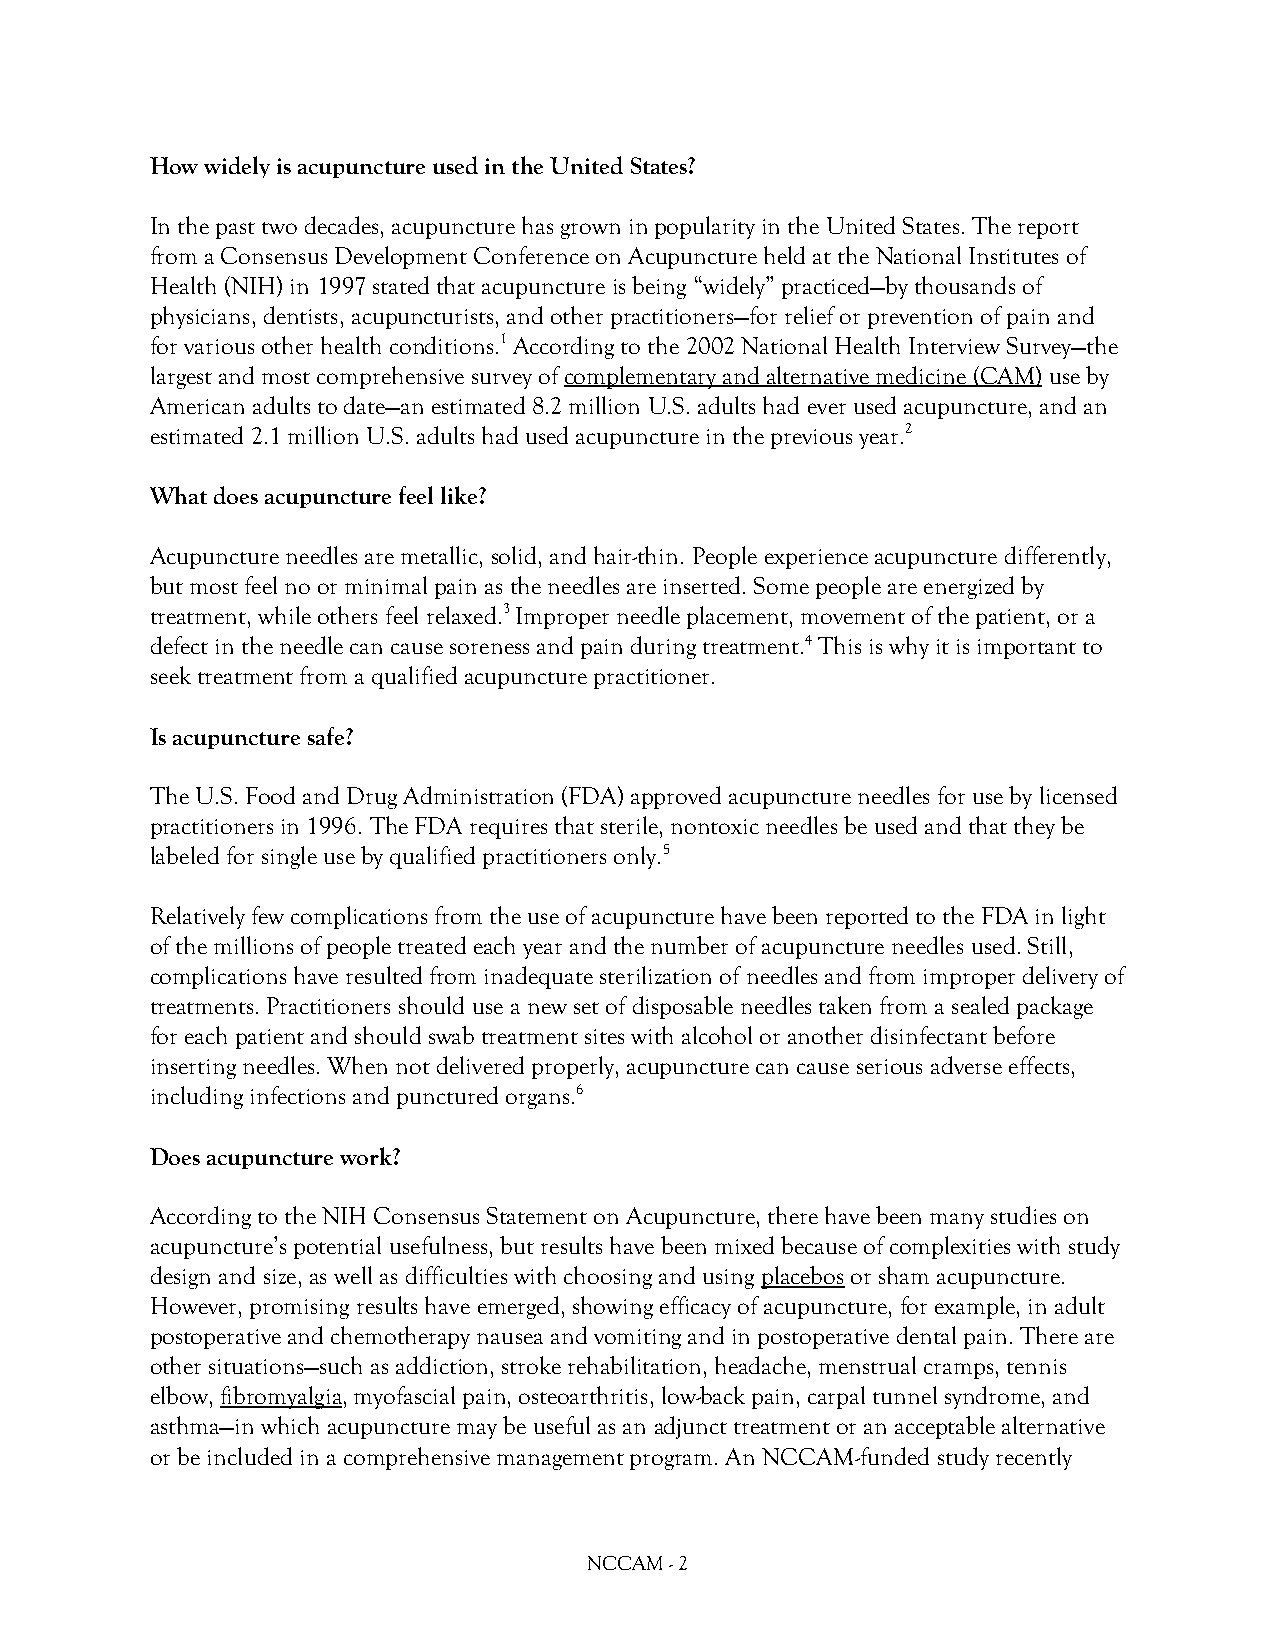
How widely is acupuncture used in the United States?
 In the past two decades, acupuncture has grown in popularity in the United States. The report
 from a Consensus Development Conference on Acupuncture held at the National Institutes of
 Health (NIH) in 1997 stated that acupuncture is being “widely” practiced—by thousands of
 physicians, dentists, acupuncturists, and other practitioners—for relief or prevention of pain and
 for various other health conditions.1 According to the 2002 National Health Interview Survey—the
 largest and most comprehensive survey of complementary and alternative medicine (CAM) use by
 American adults to date—an estimated 8.2 million U.S. adults had ever used acupuncture, and an
 estimated 2.1 million U.S. adults had used acupuncture in the previous year.2
 What does acupuncture feel like?
 Acupuncture needles are metallic, solid, and hair-thin. People experience acupuncture differently,
 but most feel no or minimal pain as the needles are inserted. Some people are energized by
 treatment, while others feel relaxed.3 Improper needle placement, movement of the patient, or a
 defect in the needle can cause soreness and pain during treatment.4 This is why it is important to
 seek treatment from a qualified acupuncture practitioner.
 Is acupuncture safe?
 The U.S. Food and Drug Administration (FDA) approved acupuncture needles for use by licensed
 practitioners in 1996. The FDA requires that sterile, nontoxic needles be used and that they be
 labeled for single use by qualified practitioners only.5
 Relatively few complications from the use of acupuncture have been reported to the FDA in light
 of the millions of people treated each year and the number of acupuncture needles used. Still,
 complications have resulted from inadequate sterilization of needles and from improper delivery of
 treatments. Practitioners should use a new set of disposable needles taken from a sealed package
 for each patient and should swab treatment sites with alcohol or another disinfectant before
 inserting needles. When not delivered properly, acupuncture can cause serious adverse effects,
 including infections and punctured organs.6
 Does acupuncture work?
 According to the NIH Consensus Statement on Acupuncture, there have been many studies on
 acupuncture’s potential usefulness, but results have been mixed because of complexities with study
 design and size, as well as difficulties with choosing and using placebos or sham acupuncture.
 However, promising results have emerged, showing efficacy of acupuncture, for example, in adult
 postoperative and chemotherapy nausea and vomiting and in postoperative dental pain. There are
 other situations—such as addiction, stroke rehabilitation, headache, menstrual cramps, tennis
 elbow, fibromyalgia, myofascial pain, osteoarthritis, low-back pain, carpal tunnel syndrome, and
 asthma—in which acupuncture may be useful as an adjunct treatment or an acceptable alternative
 or be included in a comprehensive management program. An NCCAM-funded study recently
 NCCAM - 2